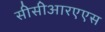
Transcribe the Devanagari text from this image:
सीसीआरएएस